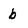
Character: b